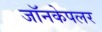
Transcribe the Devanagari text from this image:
जॉनकेपलर